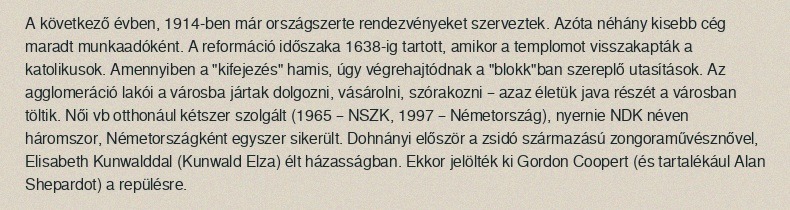
A következő évben, 1914-ben már országszerte rendezvényeket szerveztek. Azóta néhány kisebb cég maradt munkaadóként. A reformáció időszaka 1638-ig tartott, amikor a templomot visszakapták a katolikusok. Amennyiben a "kifejezés" hamis, úgy végrehajtódnak a "blokk"ban szereplő utasítások. Az agglomeráció lakói a városba jártak dolgozni, vásárolni, szórakozni – azaz életük java részét a városban töltik. Női vb otthonául kétszer szolgált (1965 – NSZK, 1997 – Németország), nyernie NDK néven háromszor, Németországként egyszer sikerült. Dohnányi először a zsidó származású zongoraművésznővel, Elisabeth Kunwalddal (Kunwald Elza) élt házasságban. Ekkor jelölték ki Gordon Coopert (és tartalékául Alan Shepardot) a repülésre.